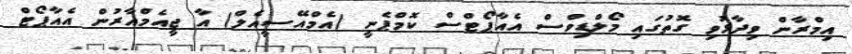
އިމްރާން ވިދާޅުވި ގޮތުގައި މޯލްޑިވްސް އެއާޕޯޓްސް ކޮމްޕެނީ (އެމްއޭސީއެލް) އާ ޖީއެމްއާރުން އެއާޕޯޓް